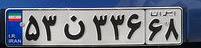
۵۳ن۳۳۶۶۸